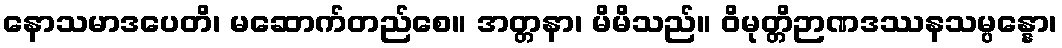
နောသမာဒပေတိ၊ မဆောက်တည်စေ။ အတ္တနာ၊ မိမိသည်။ ဝိမုတ္တိဉာဏဒဿနသမ္ပန္နော၊